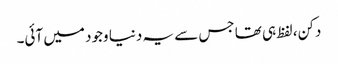
دکن، لفظ ہی تھا جس سے یہ دنیا وجود میں آئی۔